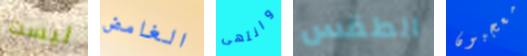
ليست الغامض وانتهى الطقس معجبون